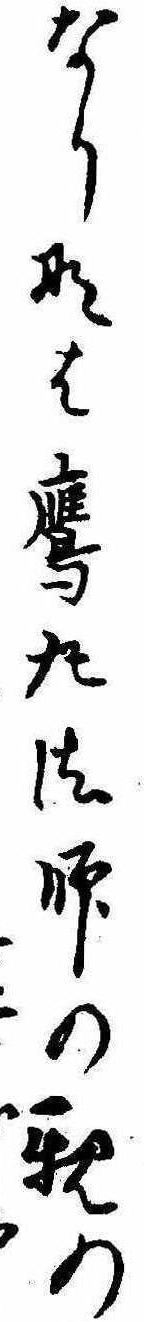
なりなは鷹丸法師の親の